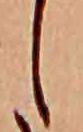
し